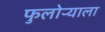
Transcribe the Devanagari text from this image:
फुलोऱ्याला